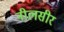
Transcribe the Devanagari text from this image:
नीलसीर